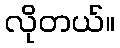
လိုတယ်။